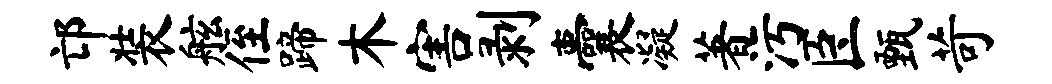
邙装舷侄蹄木害剥囊凝著污臣甄苛